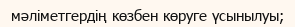
мәліметгердің көзбен көруге үсынылуы;